Punjab Mental Hospital Lahore 1932-46 - 1932-1946
Year: 1932
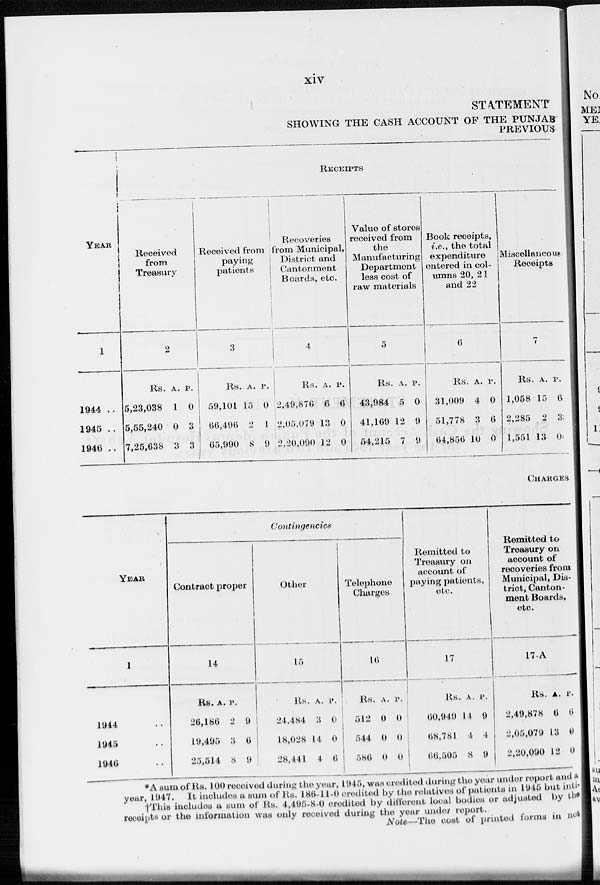
xiv
STATEMENT
SHOWING THE CASH ACCOUNT OF THE PUNJAB
PREVIOUS
YEAR
1
1944 ..
1945 ..
1946 ..
RECEIPTS
Received
from
Treasury
2
Rs.
5,23,038
5,55,240
7,25,638
A.
1
0
3
P.
0
3
3
Received from
paying
patients
3
Rs.
59,101
66,496
65,990
A.
15
2
8
P.
0
1
9
Recoveries
from Municipal,
District and
Cantonment
Boards, etc.
4
Rs.
2,49,876
2,05,079
2,20,090
A.
6
13
12
P.
6
0
0
Value of stores
received from
the
Manufacturing
Department
less cost of
raw materials
5
Rs.
43,984
41,169
54,215
A.
5
12
7
P.
0
9
9
Book receipts,
i.e., the total
expenditure
entered in col-
umns 20, 21
and 22
6
Rs.
31,009
51,778
64,856
A.
4
3
10
P.
0
6
0
Miscellaneous
Receipts
7
Rs.
1,058
2,285
1,551
A.
15
2
13
P.
6
3
0
CHARGES
YEAR
1
1944 ..
1945 ..
1946 ..
Contingencies
Contract proper
14
Rs.
26,186
19,495
25,514
A.
2
3
8
P.
9
6
9
Other
15
Rs.
24,484
18,028
28,441
A.
3
14
4
P.
0
0
6
Telephone
Charges
16
Rs.
512
544
586
A.
0
0
0
P.
0
0
0
Remitted to
Treasury on
account of
paying patients,
etc.
17
Rs.
60,949
68,781
66,505
A.
14
4
8
P.
9
4
9
Remitted to
Treasury on
account of
recoveries from
Municipal, Dis-
trict, Canton-
ment Boards,
etc.
17-A
Rs.
2,49,878
2,05,079
2,20,090
A.
6
13
12
P.
6
0
0
*A sum of Rs. 100 received during the year, 1945, was credited during the year under report and a
year, 1947. It includes a sum of Rs. 186-11-0 credited by the relatives of patients in 1945 but inti-
†This includes a sum of Rs. 4,495-8-0 credited by different local bodies or adjusted by the
receipts or the information was only received during the year under report.
Note—The cost of printed forms in not